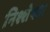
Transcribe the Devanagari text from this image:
निश्शेषता